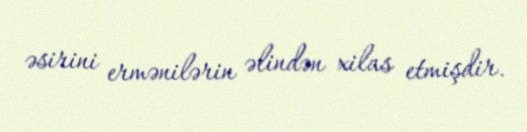
əsirini ermənilərin əlindən xilas etmişdir.